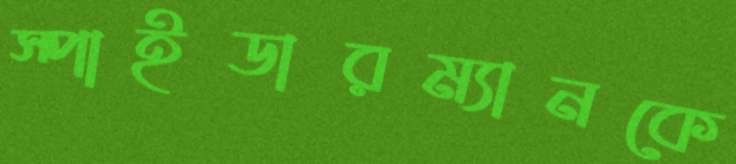
স্পাইডারম্যানকে